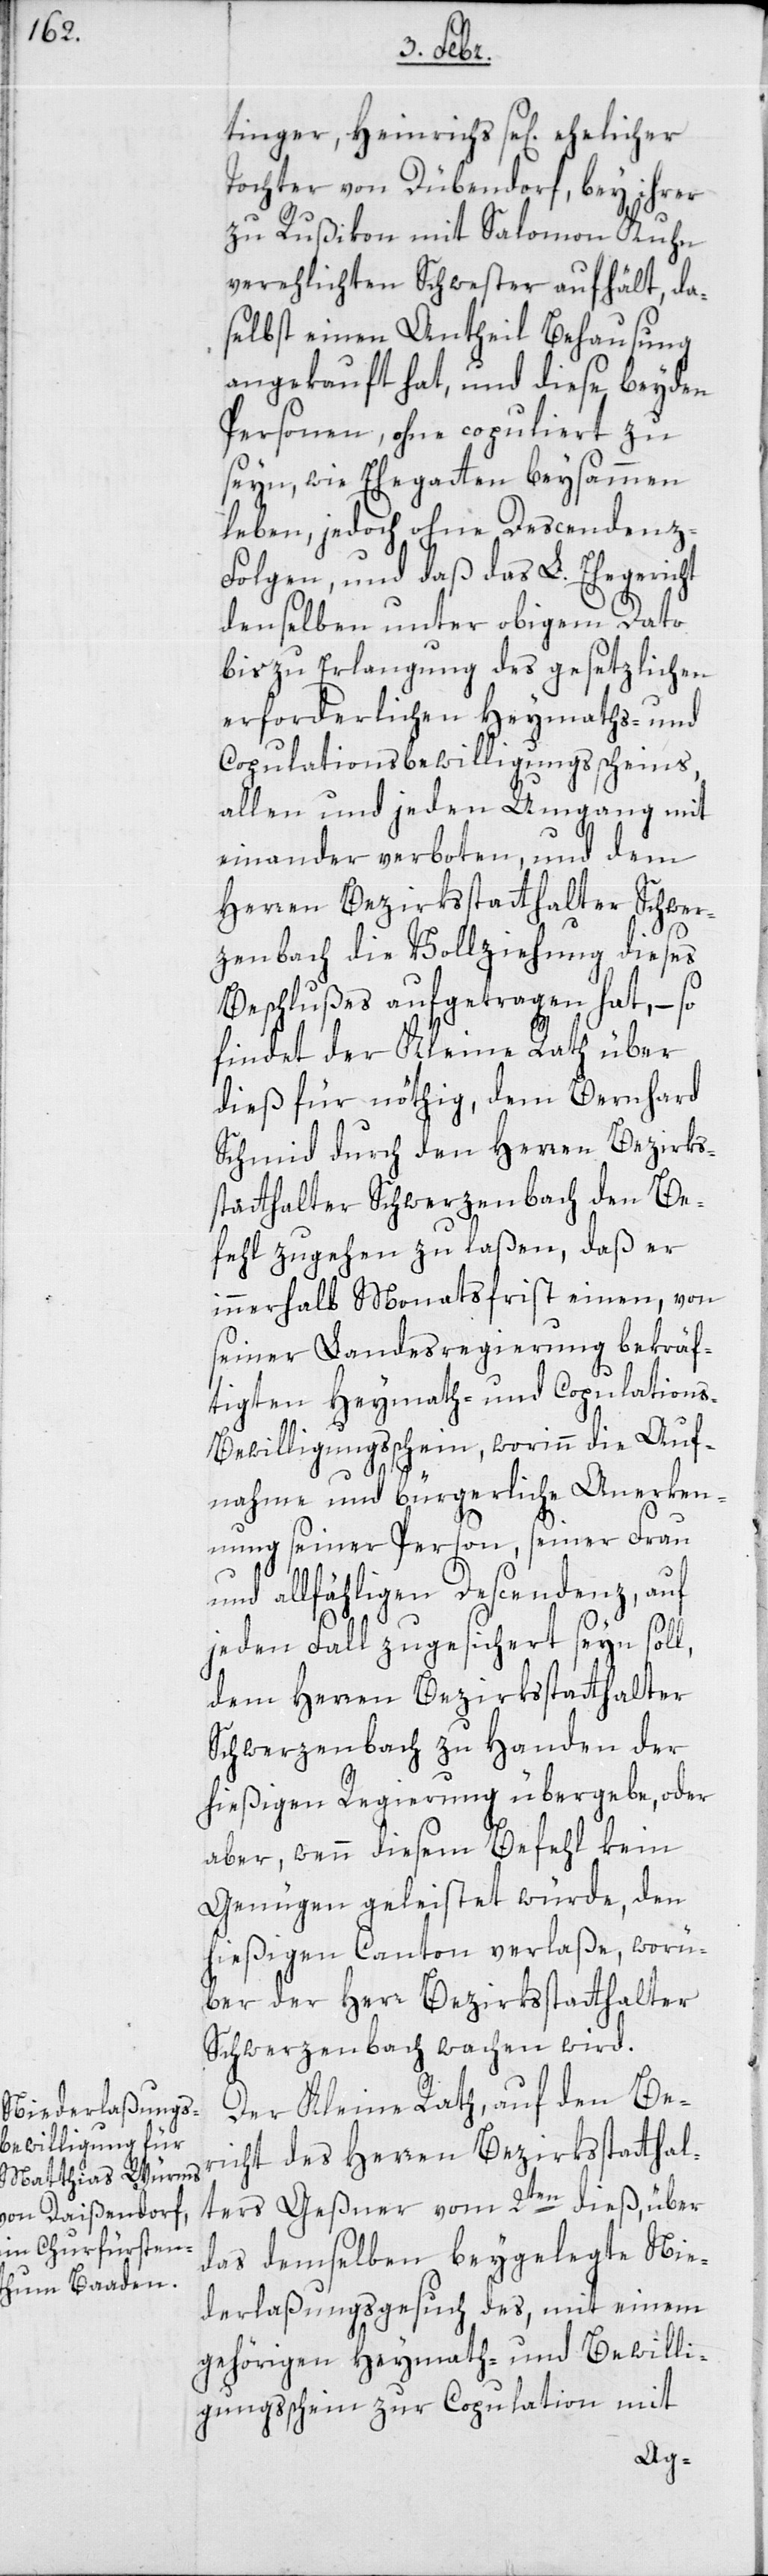
tinger, Heinrichs sel. ehelicher
Tochter von Dübendorf, bey ihrer
zu Rußikonmit Salomon Kuhn
verehelichten Schwester aufhält, da¬
selbst einen Antheil Behausung
angekauft hat, und diese beyden
Personen, ohne copuliert zu
seyn, wie Ehegatten beysammen
leben, jedoch ohne Descendenz-F¬
olgen, und daß das L. Ehegericht
denselben unter obigem Dato
bis zu Erlangung des gesetzlichen
erforderlichen Heymaths- und
Copulationsbewilligungsscheins,
allen und jeden Umgang mit
einander verboten, und dem
Herren Bezirksstatthalter Schwer¬
zenbach die Vollziehung dieses
Beschlußes aufgetragen hat, – so
findet der Kleine Rath über
dies für nöthig, dem Bernhard
Schmid durch den Herren Bezirks¬
statthalter Schwerzenbach den Be¬
fehl zugehen zu laßen, daß er
innerhalb Monatsfrist einen, von
seiner Landesregierung bekräf¬
tigten Heymath- und Copulation¬
s-Bewilligungsschein, worin die Auf¬
nahme und bürgerliche Anerken¬
nung seiner Person, seiner Frau
und allfälligen Descendenz, auf
jeden Fall zugesichert seyn soll,
dem Herren Bezirksstatthalter
Schwerzenbach zu Handen der
hießigen Regierung übergebe, oder
aber, wenn diesem Befehl kein
Genügen geleistet würde, den
hießigen Canton verlaße, worü¬
ber der Herr Bezirksstatthalter
Schwerzenbach wachen wird.
Der Kleine Rath, auf den Ber¬
icht des Herren Bezirksstatthal¬
ters Geßner vom 2ten dieß, über
das demselben beygelegte Nie¬
derlaßungsgesuch des, mit einem
gehörigen Heymath- und Bewilli¬
gungsschein zur Copulation mit